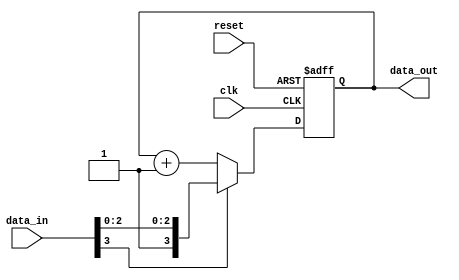
module negative_edge_sensitive (
    input wire clk,         // Clock signal
    input wire reset,       // Asynchronous reset signal
    input wire [3:0] data_in, // Input data
    output reg [3:0] data_out // Output data
);

// Initial state
initial begin
    data_out = 4'b0000; // Initialize output to 0
end

// Always block sensitive to the negative edge of clk
always @(negedge clk or posedge reset) begin
    if (reset) begin
        data_out <= 4'b0000; // Asynchronously reset output to 0
    end else begin
        // Conditional logic to update output based on input
        if (data_in[3] == 1) begin
            data_out <= data_in; // If MSB of data_in is 1, update data_out
        end else begin
            data_out <= data_out + 1; // Otherwise, increment data_out
        end
    end
end

endmodule